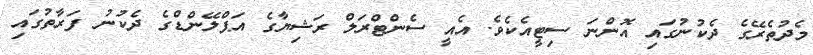
މެދުތެރޭގެ ދެކުނުގައި އޮންނަ ސިޓީއެކެވެ. އެއީ ސެންޓްރަލް ރަޝިޔާގެ އަޕްލޭންޑްގެ ދެކުނު ފަރާތުގައި